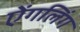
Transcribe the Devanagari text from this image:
ऐंगलिंग